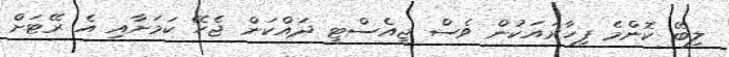
ލިބޭ ކޮންމެ ފިހާރައަކުން ވެސް ޖީއެސްޓީ ދައްކަން ޖެހޭ ކަމަށާއި އެ ރޭޓަށް